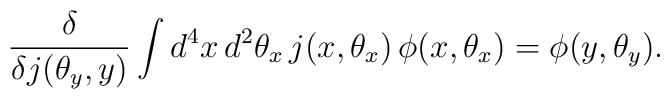
\frac{\delta}{\delta j(\theta_y,y)}\int d^4x\,d^2\theta_x\,j(x,\theta_x)\,\phi(x,\theta_x)= \phi(y,\theta_y).